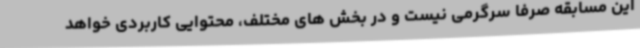
این مسابقه صرفا سرگرمی نیست و در بخش های مختلف، محتوایی کاربردی خواهد